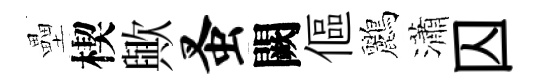
壘楔歟蚤闕傴鸝瀟囚